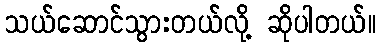
သယ်ဆောင်သွားတယ်လို့ ဆိုပါတယ်။